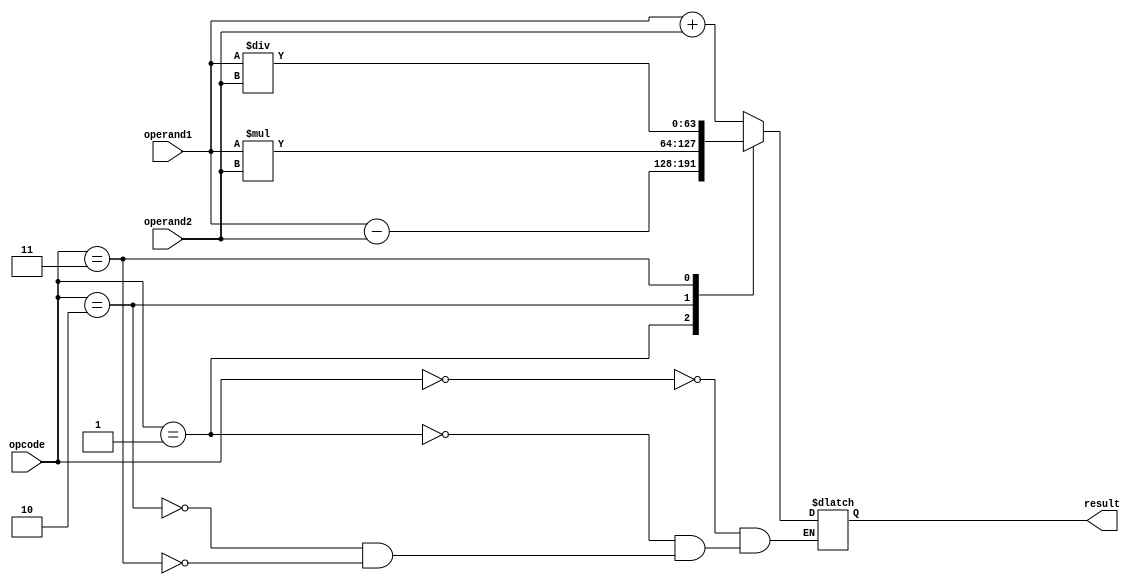
module double_precision_fp_unit (
    input [63:0] operand1,
    input [63:0] operand2,
    input [2:0] opcode,
    output reg [63:0] result
);

always @(*) begin
    case(opcode)
        3'b000: result = operand1 + operand2; // addition
        3'b001: result = operand1 - operand2; // subtraction
        3'b010: result = operand1 * operand2; // multiplication
        3'b011: result = operand1 / operand2; // division
    endcase
end

endmodule